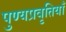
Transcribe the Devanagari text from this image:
पुण्यप्रवृतियाँ